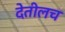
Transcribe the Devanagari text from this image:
देतीलच